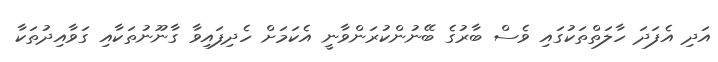
އަދި އެފަދަ ހާލަތްތަކުގައި ވެސް ބާރުގެ ބޭނުންކުރަންވާނީ އެކަމަށް ހެދިފައިވާ ގާނޫނުތަކާއި ގަވާއިދުތަކާ